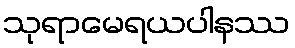
သုရာမေရယပါနဿ